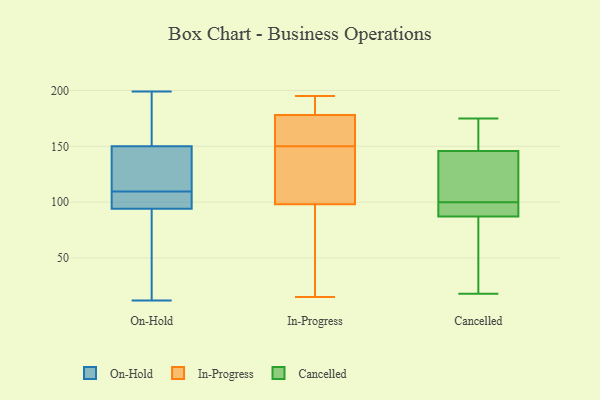
{"axis": {"x": "Production Output", "y": "Value"}, "legend": ["Cancelled", "In-Progress", "On-Hold"], "data": [{"x": "", "y": 106, "type": "On-Hold"}, {"x": "", "y": 141, "type": "On-Hold"}, {"x": "", "y": 146, "type": "On-Hold"}, {"x": "", "y": 154, "type": "On-Hold"}, {"x": "", "y": 67, "type": "On-Hold"}, {"x": "", "y": 185, "type": "On-Hold"}, {"x": "", "y": 111, "type": "On-Hold"}, {"x": "", "y": 134, "type": "On-Hold"}, {"x": "", "y": 105, "type": "On-Hold"}, {"x": "", "y": 84, "type": "On-Hold"}, {"x": "", "y": 192, "type": "On-Hold"}, {"x": "", "y": 107, "type": "On-Hold"}, {"x": "", "y": 111, "type": "On-Hold"}, {"x": "", "y": 80, "type": "On-Hold"}, {"x": "", "y": 199, "type": "On-Hold"}, {"x": "", "y": 104, "type": "On-Hold"}, {"x": "", "y": 108, "type": "On-Hold"}, {"x": "", "y": 183, "type": "On-Hold"}, {"x": "", "y": 12, "type": "On-Hold"}, {"x": "", "y": 36, "type": "On-Hold"}, {"x": "", "y": 169, "type": "In-Progress"}, {"x": "", "y": 94, "type": "In-Progress"}, {"x": "", "y": 110, "type": "In-Progress"}, {"x": "", "y": 74, "type": "In-Progress"}, {"x": "", "y": 183, "type": "In-Progress"}, {"x": "", "y": 87, "type": "In-Progress"}, {"x": "", "y": 184, "type": "In-Progress"}, {"x": "", "y": 157, "type": "In-Progress"}, {"x": "", "y": 141, "type": "In-Progress"}, {"x": "", "y": 143, "type": "In-Progress"}, {"x": "", "y": 15, "type": "In-Progress"}, {"x": "", "y": 126, "type": "In-Progress"}, {"x": "", "y": 170, "type": "In-Progress"}, {"x": "", "y": 98, "type": "In-Progress"}, {"x": "", "y": 178, "type": "In-Progress"}, {"x": "", "y": 169, "type": "In-Progress"}, {"x": "", "y": 195, "type": "In-Progress"}, {"x": "", "y": 182, "type": "In-Progress"}, {"x": "", "y": 87, "type": "Cancelled"}, {"x": "", "y": 153, "type": "Cancelled"}, {"x": "", "y": 90, "type": "Cancelled"}, {"x": "", "y": 100, "type": "Cancelled"}, {"x": "", "y": 18, "type": "Cancelled"}, {"x": "", "y": 88, "type": "Cancelled"}, {"x": "", "y": 175, "type": "Cancelled"}, {"x": "", "y": 124, "type": "Cancelled"}, {"x": "", "y": 20, "type": "Cancelled"}, {"x": "", "y": 112, "type": "Cancelled"}, {"x": "", "y": 167, "type": "Cancelled"}]}